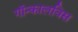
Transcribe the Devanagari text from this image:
गॉन्कालविस